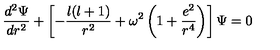
\frac { d ^ { 2 } \Psi } { d r ^ { 2 } } + \left[ - \frac { l ( l + 1 ) } { r ^ { 2 } } + \omega ^ { 2 } \left( 1 + \frac { e ^ { 2 } } { r ^ { 4 } } \right) \right] \Psi = 0